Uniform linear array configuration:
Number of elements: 12
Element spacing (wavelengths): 1
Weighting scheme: cosine
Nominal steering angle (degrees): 15
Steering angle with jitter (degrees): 15.412
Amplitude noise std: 0.05
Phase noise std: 0.05

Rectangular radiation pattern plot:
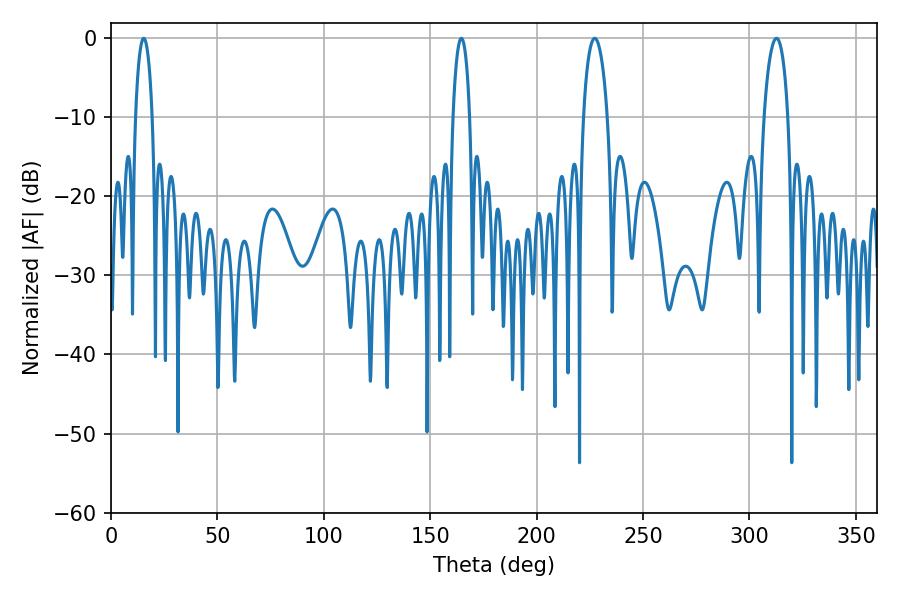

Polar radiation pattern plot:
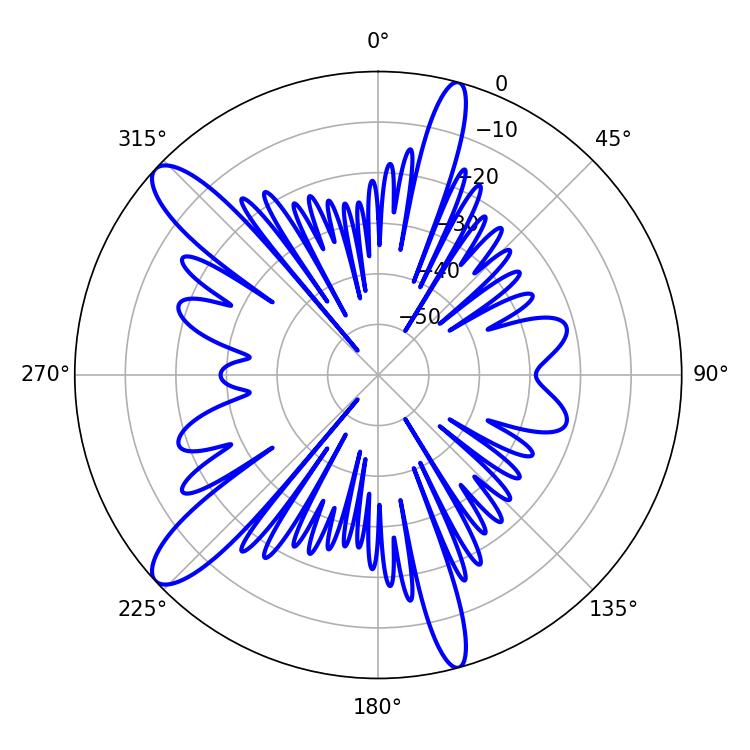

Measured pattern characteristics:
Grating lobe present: TRUE
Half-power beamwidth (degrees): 6.48
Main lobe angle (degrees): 227.34